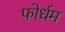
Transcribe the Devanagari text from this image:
फोर्धम